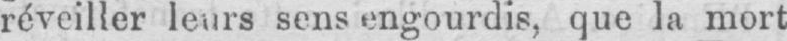
réveiller leurs sens engourdis, que la mort